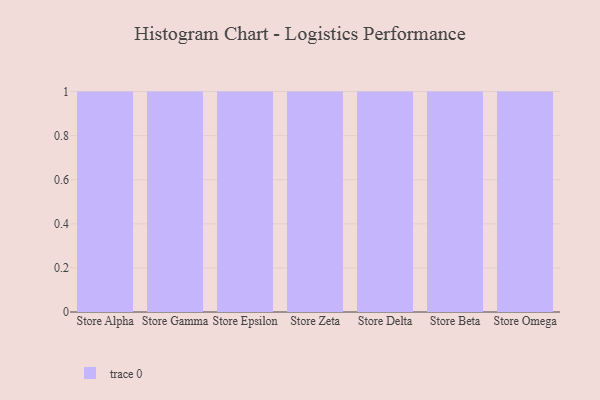
{"axis": {"x": "Store", "y": "Inventory Turnover"}, "legend": [""], "data": [{"x": "Store Alpha", "y": 39, "type": ""}, {"x": "Store Gamma", "y": 88, "type": ""}, {"x": "Store Epsilon", "y": 23, "type": ""}, {"x": "Store Zeta", "y": 93, "type": ""}, {"x": "Store Delta", "y": 45, "type": ""}, {"x": "Store Beta", "y": 79, "type": ""}, {"x": "Store Omega", "y": 45, "type": ""}]}